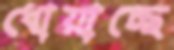
ধোয়াচ্ছে